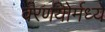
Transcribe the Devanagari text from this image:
वरणयोर्मध्ये